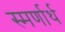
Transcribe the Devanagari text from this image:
स्मर्णार्थ